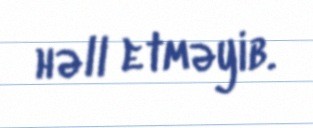
həll etməyib.